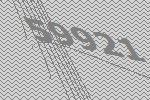
59921